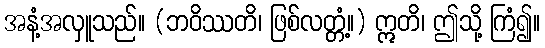
အနံ့အလှူသည်။ (ဘဝိဿတိ၊ ဖြစ်လတ္တံ့။) ဣတိ၊ ဤသို့ ကြံ၍။